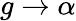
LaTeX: g\rightarrow\alpha